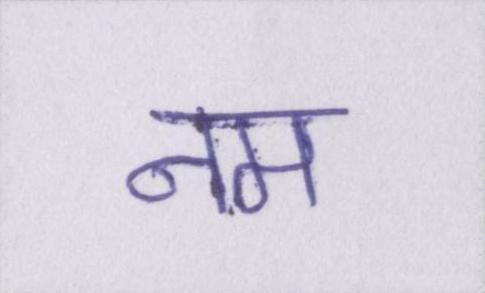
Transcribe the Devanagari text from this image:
नम